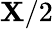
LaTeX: \mathbf{X}/2